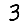
Digit: 3